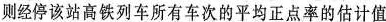
则经停该站高铁列车所有车次的平均正点率的估计值